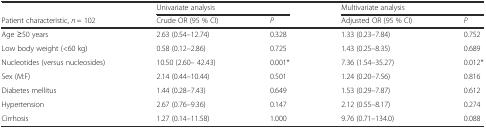
|  | <COLSPAN=2> Univariate analysis | <COLSPAN=2> Multivariate analysis |
 | Patient characteristic, n = 102 | Crude OR (95 % CI) | P | Adjusted OR (95 % CI) | P |
 | --- | --- | --- | --- | --- |
 | Age ≥50 years | 2.63 (0.54–12.74) | 0.328 | 1.33 (0.23–7.84) | 0.752 |
 | Low body weight (<60 kg) | 0.58 (0.12–2.86) | 0.725 | 1.43 (0.25–8.35) | 0.689 |
 | Nucleotides (versus nucleosides) | 10.50 (2.60– 42.43) | 0.001* | 7.36 (1.54–35.27) | 0.012* |
 | Sex (M:F) | 2.14 (0.44–10.44) | 0.501 | 1.24 (0.20–7.56) | 0.816 |
 | Diabetes mellitus | 1.44 (0.28–7.43) | 0.649 | 1.53 (0.29–7.87) | 0.612 |
 | Hypertension | 2.67 (0.76–9.36) | 0.147 | 2.12 (0.55–8.17) | 0.274 |
 | Cirrhosis | 1.27 (0.14–11.58) | 1.000 | 9.76 (0.71–134.0) | 0.088 |